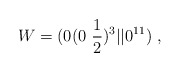
\begin{align*}W=(0 (0~{1\over 2})^3 \vert\vert 0^{11})~,\end{align*}